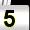
Digit: 5